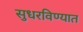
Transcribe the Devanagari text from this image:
सुधरविण्यात